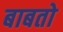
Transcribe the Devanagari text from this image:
बाबतो